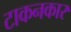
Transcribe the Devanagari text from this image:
टाकनकार